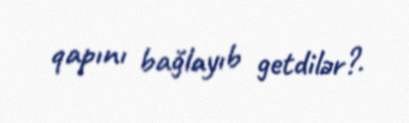
qapını bağlayıb getdilər?.